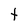
Character: t